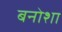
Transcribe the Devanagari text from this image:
बनोशा